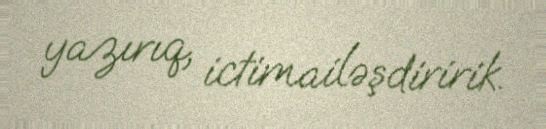
yazırıq, ictimailəşdiririk.